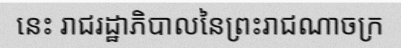
នេះ រាជរដ្ឋាភិបាលនៃព្រះរាជណាចក្រ